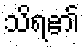
သိရ၏